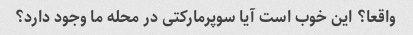
واقعا؟ این خوب است آیا سوپرمارکتی در محله ما وجود دارد؟